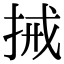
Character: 𢬿